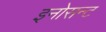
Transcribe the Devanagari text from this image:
इनोसन्ट